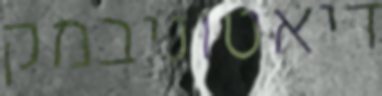
דיאטוניבמק